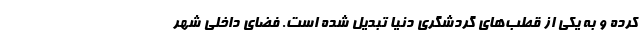
کرده و به یکی از قطب‌های گردشگری دنیا تبدیل شده است. فضای داخلی شهر